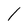
Character: l